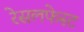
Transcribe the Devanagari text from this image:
रेसलफेस्ट